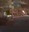
૧૧૩૭